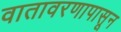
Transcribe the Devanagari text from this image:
वातावरणापासून